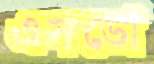
এসডো